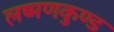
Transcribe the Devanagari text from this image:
लष्मणकुण्ड